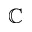
\mathbb { C }